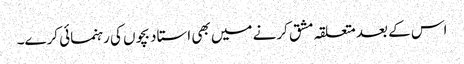
اس کے بعد متعلقہ مشق کرنے میں بھی استاد بچوں کی رہنمائی کرے۔